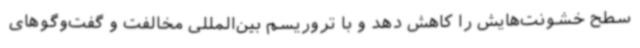
سطح خشونت‌هایش را کاهش دهد و با تروریسم بین‌المللی مخالفت و گفت‌وگوهای